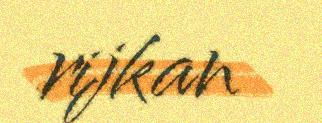
rijkan